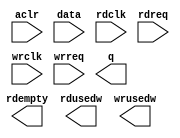
// megafunction wizard: %FIFO%VBB%
// GENERATION: STANDARD
// VERSION: WM1.0
// MODULE: dcfifo 

// ============================================================
// Megafunction Name(s):
// 			dcfifo
//
// Simulation Library Files(s):
// 			altera_mf
// ============================================================
// ************************************************************
// THIS IS A WIZARD-GENERATED FILE. DO NOT EDIT THIS FILE!
//
// 15.1.0 Build 185 10/21/2015 SJ Lite Edition
// ************************************************************

//Copyright (C) 1991-2015 Altera Corporation. All rights reserved.
//Your use of Altera Corporation's design tools, logic functions 
//and other software and tools, and its AMPP partner logic 
//functions, and any output files from any of the foregoing 
//(including device programming or simulation files), and any 
//associated documentation or information are expressly subject 
//to the terms and conditions of the Altera Program License 
//Subscription Agreement, the Altera Quartus Prime License Agreement,
//the Altera MegaCore Function License Agreement, or other 
//applicable license agreement, including, without limitation, 
//that your use is for the sole purpose of programming logic 
//devices manufactured by Altera and sold by Altera or its 
//authorized distributors.  Please refer to the applicable 
//agreement for further details.

module wrfifo (
	aclr,
	data,
	rdclk,
	rdreq,
	wrclk,
	wrreq,
	q,
	rdempty,
	rdusedw,
	wrusedw);

	input	  aclr;
	input	[7:0]  data;
	input	  rdclk;
	input	  rdreq;
	input	  wrclk;
	input	  wrreq;
	output	[7:0]  q;
	output	  rdempty;
	output	[9:0]  rdusedw;
	output	[9:0]  wrusedw;
`ifndef ALTERA_RESERVED_QIS
// synopsys translate_off
`endif
	tri0	  aclr;
`ifndef ALTERA_RESERVED_QIS
// synopsys translate_on
`endif

endmodule

// ============================================================
// CNX file retrieval info
// ============================================================
// Retrieval info: PRIVATE: AlmostEmpty NUMERIC "0"
// Retrieval info: PRIVATE: AlmostEmptyThr NUMERIC "-1"
// Retrieval info: PRIVATE: AlmostFull NUMERIC "0"
// Retrieval info: PRIVATE: AlmostFullThr NUMERIC "-1"
// Retrieval info: PRIVATE: CLOCKS_ARE_SYNCHRONIZED NUMERIC "0"
// Retrieval info: PRIVATE: Clock NUMERIC "4"
// Retrieval info: PRIVATE: Depth NUMERIC "1024"
// Retrieval info: PRIVATE: Empty NUMERIC "1"
// Retrieval info: PRIVATE: Full NUMERIC "1"
// Retrieval info: PRIVATE: INTENDED_DEVICE_FAMILY STRING "MAX 10"
// Retrieval info: PRIVATE: LE_BasedFIFO NUMERIC "0"
// Retrieval info: PRIVATE: LegacyRREQ NUMERIC "1"
// Retrieval info: PRIVATE: MAX_DEPTH_BY_9 NUMERIC "0"
// Retrieval info: PRIVATE: OVERFLOW_CHECKING NUMERIC "0"
// Retrieval info: PRIVATE: Optimize NUMERIC "0"
// Retrieval info: PRIVATE: RAM_BLOCK_TYPE NUMERIC "0"
// Retrieval info: PRIVATE: SYNTH_WRAPPER_GEN_POSTFIX STRING "0"
// Retrieval info: PRIVATE: UNDERFLOW_CHECKING NUMERIC "0"
// Retrieval info: PRIVATE: UsedW NUMERIC "1"
// Retrieval info: PRIVATE: Width NUMERIC "8"
// Retrieval info: PRIVATE: dc_aclr NUMERIC "1"
// Retrieval info: PRIVATE: diff_widths NUMERIC "0"
// Retrieval info: PRIVATE: msb_usedw NUMERIC "0"
// Retrieval info: PRIVATE: output_width NUMERIC "8"
// Retrieval info: PRIVATE: rsEmpty NUMERIC "1"
// Retrieval info: PRIVATE: rsFull NUMERIC "0"
// Retrieval info: PRIVATE: rsUsedW NUMERIC "1"
// Retrieval info: PRIVATE: sc_aclr NUMERIC "0"
// Retrieval info: PRIVATE: sc_sclr NUMERIC "0"
// Retrieval info: PRIVATE: wsEmpty NUMERIC "0"
// Retrieval info: PRIVATE: wsFull NUMERIC "0"
// Retrieval info: PRIVATE: wsUsedW NUMERIC "1"
// Retrieval info: LIBRARY: altera_mf altera_mf.altera_mf_components.all
// Retrieval info: CONSTANT: INTENDED_DEVICE_FAMILY STRING "MAX 10"
// Retrieval info: CONSTANT: LPM_NUMWORDS NUMERIC "1024"
// Retrieval info: CONSTANT: LPM_SHOWAHEAD STRING "OFF"
// Retrieval info: CONSTANT: LPM_TYPE STRING "dcfifo"
// Retrieval info: CONSTANT: LPM_WIDTH NUMERIC "8"
// Retrieval info: CONSTANT: LPM_WIDTHU NUMERIC "10"
// Retrieval info: CONSTANT: OVERFLOW_CHECKING STRING "ON"
// Retrieval info: CONSTANT: RDSYNC_DELAYPIPE NUMERIC "4"
// Retrieval info: CONSTANT: READ_ACLR_SYNCH STRING "OFF"
// Retrieval info: CONSTANT: UNDERFLOW_CHECKING STRING "ON"
// Retrieval info: CONSTANT: USE_EAB STRING "ON"
// Retrieval info: CONSTANT: WRITE_ACLR_SYNCH STRING "OFF"
// Retrieval info: CONSTANT: WRSYNC_DELAYPIPE NUMERIC "4"
// Retrieval info: USED_PORT: aclr 0 0 0 0 INPUT GND "aclr"
// Retrieval info: USED_PORT: data 0 0 8 0 INPUT NODEFVAL "data[7..0]"
// Retrieval info: USED_PORT: q 0 0 8 0 OUTPUT NODEFVAL "q[7..0]"
// Retrieval info: USED_PORT: rdclk 0 0 0 0 INPUT NODEFVAL "rdclk"
// Retrieval info: USED_PORT: rdempty 0 0 0 0 OUTPUT NODEFVAL "rdempty"
// Retrieval info: USED_PORT: rdreq 0 0 0 0 INPUT NODEFVAL "rdreq"
// Retrieval info: USED_PORT: rdusedw 0 0 10 0 OUTPUT NODEFVAL "rdusedw[9..0]"
// Retrieval info: USED_PORT: wrclk 0 0 0 0 INPUT NODEFVAL "wrclk"
// Retrieval info: USED_PORT: wrreq 0 0 0 0 INPUT NODEFVAL "wrreq"
// Retrieval info: USED_PORT: wrusedw 0 0 10 0 OUTPUT NODEFVAL "wrusedw[9..0]"
// Retrieval info: CONNECT: @aclr 0 0 0 0 aclr 0 0 0 0
// Retrieval info: CONNECT: @data 0 0 8 0 data 0 0 8 0
// Retrieval info: CONNECT: @rdclk 0 0 0 0 rdclk 0 0 0 0
// Retrieval info: CONNECT: @rdreq 0 0 0 0 rdreq 0 0 0 0
// Retrieval info: CONNECT: @wrclk 0 0 0 0 wrclk 0 0 0 0
// Retrieval info: CONNECT: @wrreq 0 0 0 0 wrreq 0 0 0 0
// Retrieval info: CONNECT: q 0 0 8 0 @q 0 0 8 0
// Retrieval info: CONNECT: rdempty 0 0 0 0 @rdempty 0 0 0 0
// Retrieval info: CONNECT: rdusedw 0 0 10 0 @rdusedw 0 0 10 0
// Retrieval info: CONNECT: wrusedw 0 0 10 0 @wrusedw 0 0 10 0
// Retrieval info: GEN_FILE: TYPE_NORMAL wrfifo.v TRUE
// Retrieval info: GEN_FILE: TYPE_NORMAL wrfifo.inc FALSE
// Retrieval info: GEN_FILE: TYPE_NORMAL wrfifo.cmp FALSE
// Retrieval info: GEN_FILE: TYPE_NORMAL wrfifo.bsf FALSE
// Retrieval info: GEN_FILE: TYPE_NORMAL wrfifo_inst.v FALSE
// Retrieval info: GEN_FILE: TYPE_NORMAL wrfifo_bb.v TRUE
// Retrieval info: LIB_FILE: altera_mf